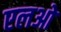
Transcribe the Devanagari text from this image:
एलओ